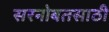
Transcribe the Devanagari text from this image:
सरनोबतसाठी